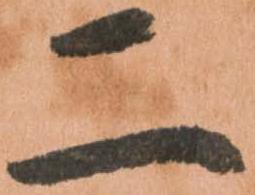
二